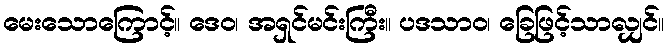
မေးသောကြောင့်။ ဒေဝ၊ အရှင်မင်းကြီး။ ပဒသာဝ၊ ခြေဖြင့်သာလျှင်။